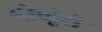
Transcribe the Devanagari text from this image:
ओळूंरी